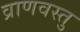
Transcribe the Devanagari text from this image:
व्राणवस्तु